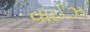
વાઈઝ